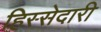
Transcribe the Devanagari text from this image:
हिस्‍सेदारी